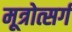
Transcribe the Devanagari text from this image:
मूत्रोत्सर्ग